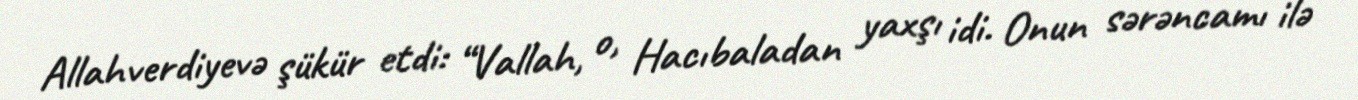
Allahverdiyevə şükür etdi: “Vallah, o, Hacıbaladan yaxşı idi. Onun sərəncamı ilə